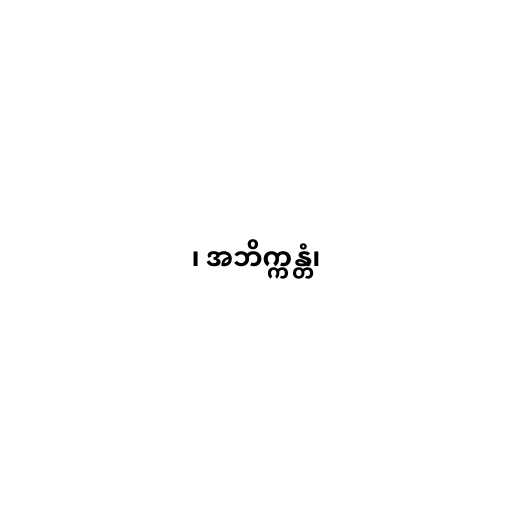
၊ အဘိက္ကန္တံ၊